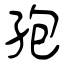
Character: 孢